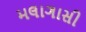
મલાગાસી